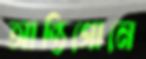
আন্তিগোনে